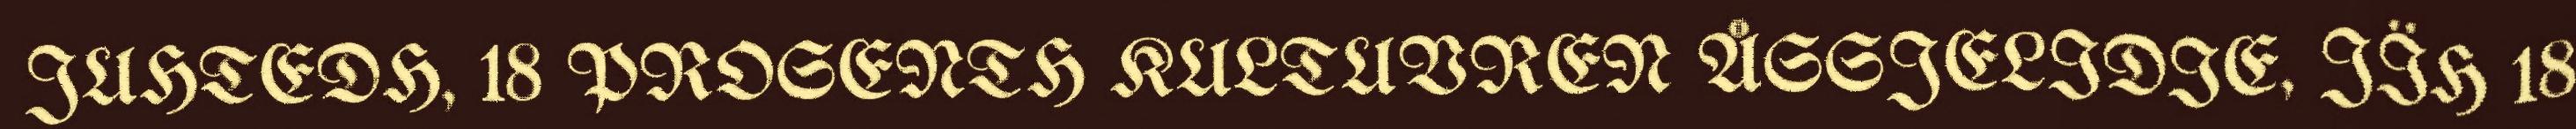
JUHTEDH, 18 PROSENTH KULTUVREN ÅSSJELIDIE, JÏH 18